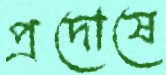
প্রদোষে